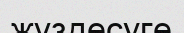
жүздесуге